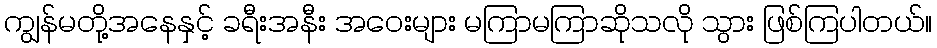
ကျွန်မတို့အနေနှင့် ခရီးအနီး အဝေးများ မကြာမကြာဆိုသလို သွား ဖြစ်ကြပါတယ်။